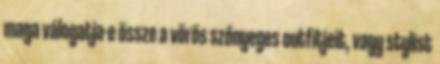
maga válogatja-e össze a vörös szőnyeges outfitjeit, vagy stylist